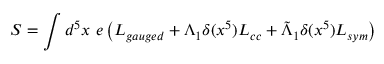
S = \int d ^ { 5 } x ~ e \left( { \cal L } _ { g a u g e d } + \Lambda _ { 1 } \delta ( x ^ { 5 } ) { \cal L } _ { c c } + \tilde { \Lambda } _ { 1 } \delta ( x ^ { 5 } ) { \cal L } _ { s y m } \right)